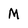
Character: M